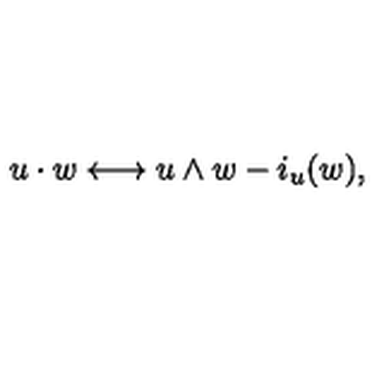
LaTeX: u \cdot w \longleftrightarrow u \wedge w - i _ { u } ( w ) ,